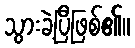
သွားခဲ့ပြီဖြစ်၏။